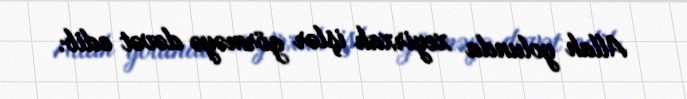
Allah yolunda xeyirxah işlər görməyə dəvət edib.